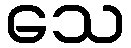
သေ